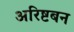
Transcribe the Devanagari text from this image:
अरिष्टबन